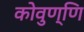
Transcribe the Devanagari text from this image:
कोवुण्णि